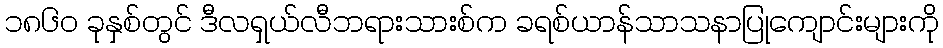
၁၈၆၀ ခုနှစ်တွင် ဒီလရှယ်လီဘရားသားစ်က ခရစ်ယာန်သာသနာပြုကျောင်းများကို